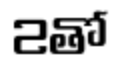
2తో